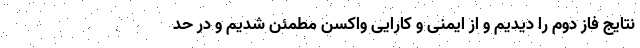
نتایج فاز دوم را دیدیم و از ایمنی و کارایی واکسن مطمئن شدیم و در حد